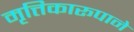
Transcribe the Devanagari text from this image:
मृत्तिकारूपाने